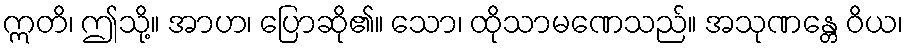
ဣတိ၊ ဤသို့။ အာဟ၊ ပြောဆို၏။ သော၊ ထိုသာမဏေသည်။ အသုဏန္တေ ဝိယ၊